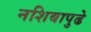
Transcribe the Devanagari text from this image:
नशिबापुढे